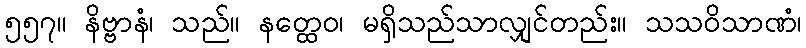
၅၅၇။ နိဗ္ဗာနံ၊ သည်။ နတ္ထေဝ၊ မရှိသည်သာလျှင်တည်း။ သသဝိသာဏံ၊